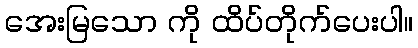
အေးမြသော ကို ထိပ်တိုက်ပေးပါ။